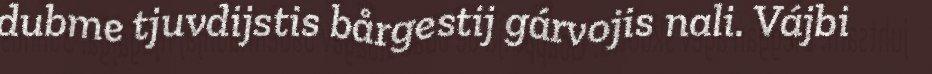
dubme tjuvdijstis bårgestij gárvojis nali. Vájbi